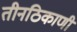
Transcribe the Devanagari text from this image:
तीनठिकाणी